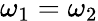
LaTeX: \omega_{1}=\omega_{2}